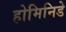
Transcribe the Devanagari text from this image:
होमिनिडे